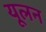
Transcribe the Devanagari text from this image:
यूलन